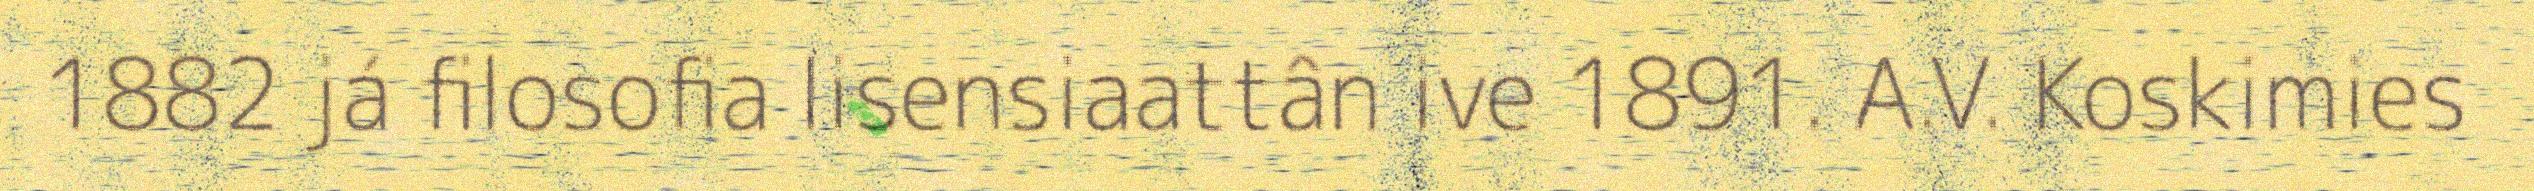
1882 já filosofia lisensiaattân ive 1891. A.V. Koskimies